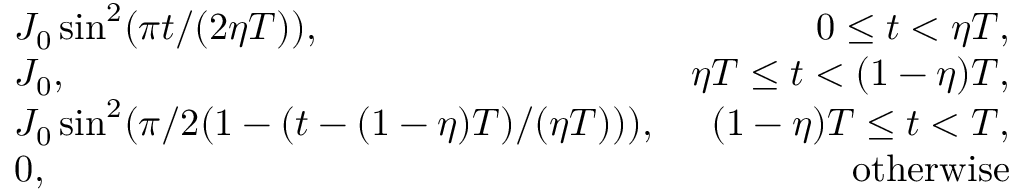
\begin{array} { r l r } & { J _ { 0 } \sin ^ { 2 } ( \pi t / ( 2 \eta T ) ) , } & { 0 \le t < \eta T , } \\ & { J _ { 0 } , } & { \eta T \le t < ( 1 - \eta ) T , } \\ & { J _ { 0 } \sin ^ { 2 } ( \pi / 2 ( 1 - ( t - ( 1 - \eta ) T ) / ( \eta T ) ) ) , } & { ( 1 - \eta ) T \le t < T , } \\ & { 0 , } & { \mathrm { o t h e r w i s e } } \end{array}